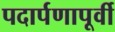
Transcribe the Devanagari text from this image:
पदार्पणापूर्वी